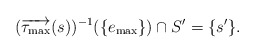
\begin{align*}(\overrightarrow{\tau_{{\rm max}}}(s))^{-1}(\{e_{{\rm max}}\})\cap S'=\{s'\}.\end{align*}